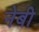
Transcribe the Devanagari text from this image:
नेबी